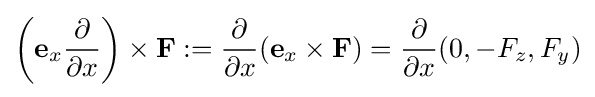
\left(\mathbf {e} _{x}{\partial  \over \partial x}\right)\times \mathbf {F} :={\partial  \over \partial x}(\mathbf {e} _{x}\times \mathbf {F} )={\partial  \over \partial x}(0,-F_{z},F_{y})